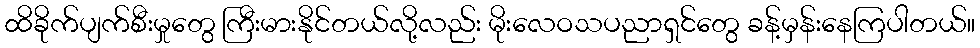
ထိခိုက်ပျက်စီးမှုတွေ ကြီးမားနိုင်တယ်လို့လည်း မိုးလေဝသပညာရှင်တွေ ခန့်မှန်းနေကြပါတယ်။